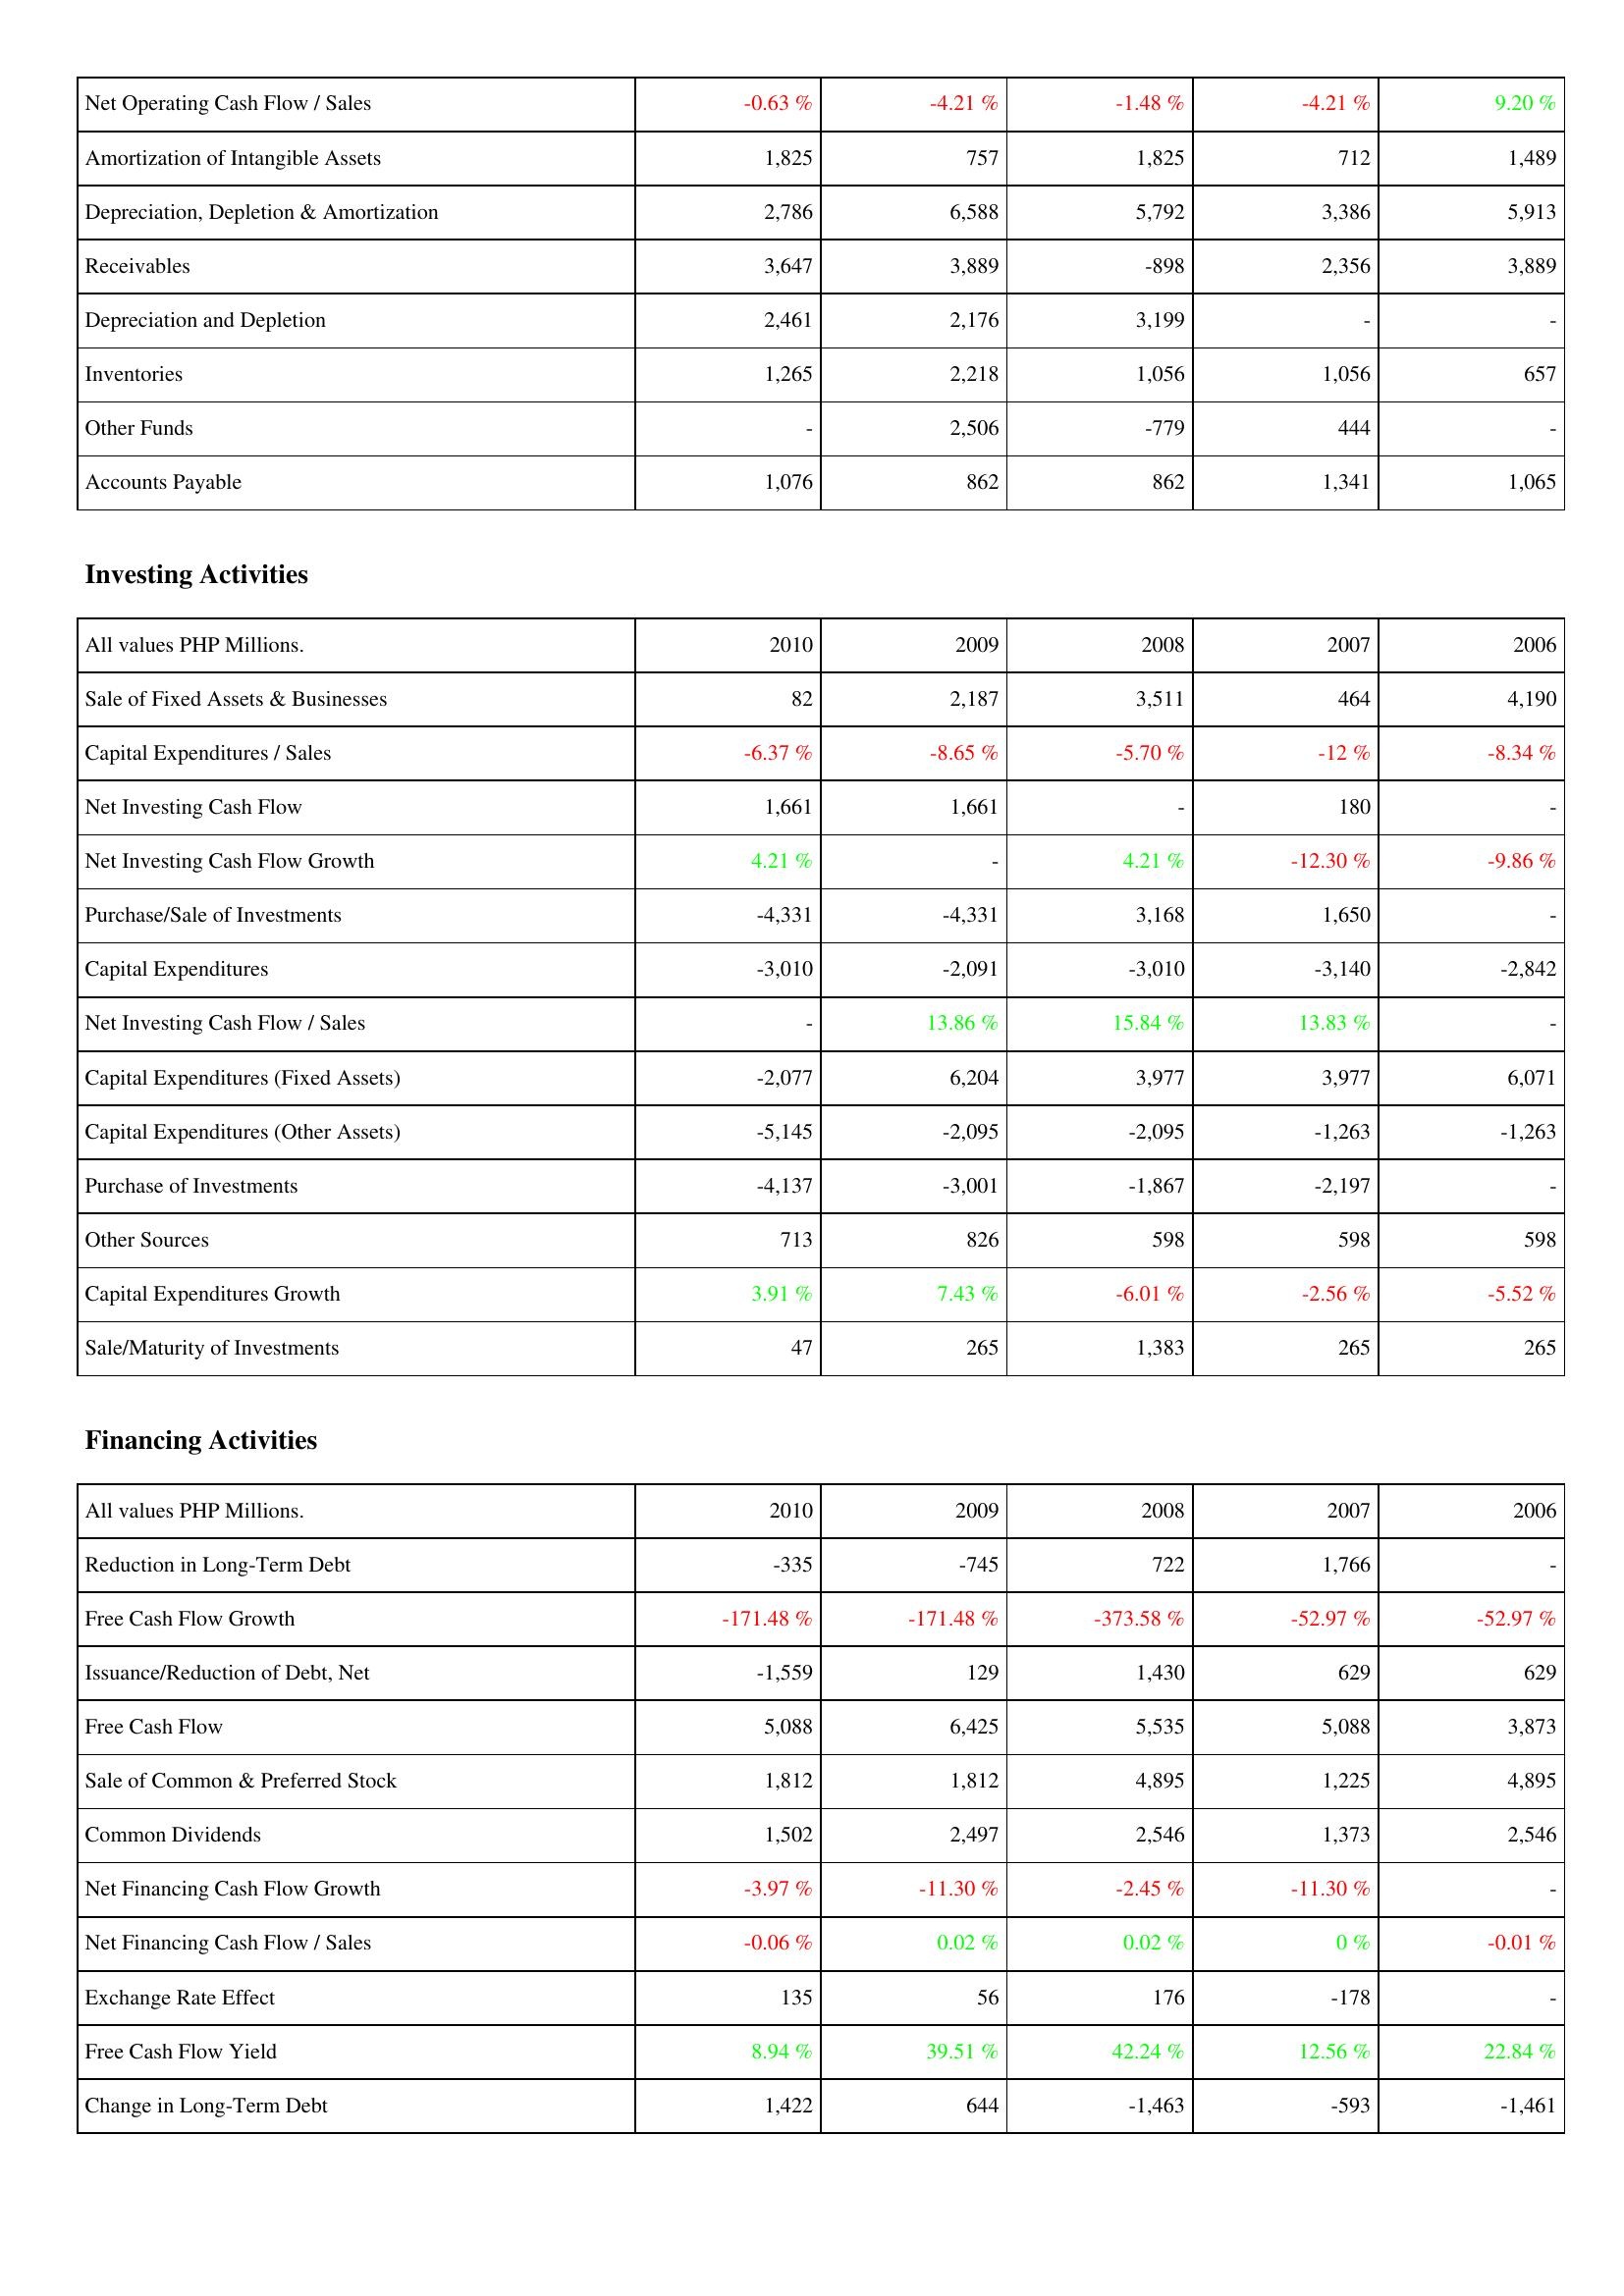
2010: Operating Activities: Net Operating Cash Flow / Sales: -0.63 %
Amortization of Intangible Assets: 1,825
Depreciation, Depletion & Amortization: 2,786
Receivables: 3,647
Depreciation and Depletion: 2,461
Inventories: 1,265
Other Funds: -
Accounts Payable: 1,076
Investing Activities: Sale of Fixed Assets & Businesses: 82
Capital Expenditures / Sales: -6.37 %
Net Investing Cash Flow: 1,661
Net Investing Cash Flow Growth: 4.21 %
Purchase/Sale of Investments: -4,331
Capital Expenditures: -3,010
Net Investing Cash Flow / Sales: -
Capital Expenditures (Fixed Assets): -2,077
Capital Expenditures (Other Assets): -5,145
Purchase of Investments: -4,137
Other Sources: 713
Capital Expenditures Growth: 3.91 %
Sale/Maturity of Investments: 47
Financing Activities: Reduction in Long-Term Debt: -335
Free Cash Flow Growth: -171.48 %
Issuance/Reduction of Debt, Net: -1,559
Free Cash Flow: 5,088
Sale of Common & Preferred Stock: 1,812
Common Dividends: 1,502
Net Financing Cash Flow Growth: -3.97 %
Net Financing Cash Flow / Sales: -0.06 %
Exchange Rate Effect: 135
Free Cash Flow Yield: 8.94 %
Change in Long-Term Debt: 1,422
2009: Operating Activities: Net Operating Cash Flow / Sales: -4.21 %
Amortization of Intangible Assets: 757
Depreciation, Depletion & Amortization: 6,588
Receivables: 3,889
Depreciation and Depletion: 2,176
Inventories: 2,218
Other Funds: 2,506
Accounts Payable: 862
Investing Activities: Sale of Fixed Assets & Businesses: 2,187
Capital Expenditures / Sales: -8.65 %
Net Investing Cash Flow: 1,661
Net Investing Cash Flow Growth: -
Purchase/Sale of Investments: -4,331
Capital Expenditures: -2,091
Net Investing Cash Flow / Sales: 13.86 %
Capital Expenditures (Fixed Assets): 6,204
Capital Expenditures (Other Assets): -2,095
Purchase of Investments: -3,001
Other Sources: 826
Capital Expenditures Growth: 7.43 %
Sale/Maturity of Investments: 265
Financing Activities: Reduction in Long-Term Debt: -745
Free Cash Flow Growth: -171.48 %
Issuance/Reduction of Debt, Net: 129
Free Cash Flow: 6,425
Sale of Common & Preferred Stock: 1,812
Common Dividends: 2,497
Net Financing Cash Flow Growth: -11.30 %
Net Financing Cash Flow / Sales: 0.02 %
Exchange Rate Effect: 56
Free Cash Flow Yield: 39.51 %
Change in Long-Term Debt: 644
2008: Operating Activities: Net Operating Cash Flow / Sales: -1.48 %
Amortization of Intangible Assets: 1,825
Depreciation, Depletion & Amortization: 5,792
Receivables: -898
Depreciation and Depletion: 3,199
Inventories: 1,056
Other Funds: -779
Accounts Payable: 862
Investing Activities: Sale of Fixed Assets & Businesses: 3,511
Capital Expenditures / Sales: -5.70 %
Net Investing Cash Flow: -
Net Investing Cash Flow Growth: 4.21 %
Purchase/Sale of Investments: 3,168
Capital Expenditures: -3,010
Net Investing Cash Flow / Sales: 15.84 %
Capital Expenditures (Fixed Assets): 3,977
Capital Expenditures (Other Assets): -2,095
Purchase of Investments: -1,867
Other Sources: 598
Capital Expenditures Growth: -6.01 %
Sale/Maturity of Investments: 1,383
Financing Activities: Reduction in Long-Term Debt: 722
Free Cash Flow Growth: -373.58 %
Issuance/Reduction of Debt, Net: 1,430
Free Cash Flow: 5,535
Sale of Common & Preferred Stock: 4,895
Common Dividends: 2,546
Net Financing Cash Flow Growth: -2.45 %
Net Financing Cash Flow / Sales: 0.02 %
Exchange Rate Effect: 176
Free Cash Flow Yield: 42.24 %
Change in Long-Term Debt: -1,463
2007: Operating Activities: Net Operating Cash Flow / Sales: -4.21 %
Amortization of Intangible Assets: 712
Depreciation, Depletion & Amortization: 3,386
Receivables: 2,356
Depreciation and Depletion: -
Inventories: 1,056
Other Funds: 444
Accounts Payable: 1,341
Investing Activities: Sale of Fixed Assets & Businesses: 464
Capital Expenditures / Sales: -12 %
Net Investing Cash Flow: 180
Net Investing Cash Flow Growth: -12.30 %
Purchase/Sale of Investments: 1,650
Capital Expenditures: -3,140
Net Investing Cash Flow / Sales: 13.83 %
Capital Expenditures (Fixed Assets): 3,977
Capital Expenditures (Other Assets): -1,263
Purchase of Investments: -2,197
Other Sources: 598
Capital Expenditures Growth: -2.56 %
Sale/Maturity of Investments: 265
Financing Activities: Reduction in Long-Term Debt: 1,766
Free Cash Flow Growth: -52.97 %
Issuance/Reduction of Debt, Net: 629
Free Cash Flow: 5,088
Sale of Common & Preferred Stock: 1,225
Common Dividends: 1,373
Net Financing Cash Flow Growth: -11.30 %
Net Financing Cash Flow / Sales: 0 %
Exchange Rate Effect: -178
Free Cash Flow Yield: 12.56 %
Change in Long-Term Debt: -593
2006: Operating Activities: Net Operating Cash Flow / Sales: 9.20 %
Amortization of Intangible Assets: 1,489
Depreciation, Depletion & Amortization: 5,913
Receivables: 3,889
Depreciation and Depletion: -
Inventories: 657
Other Funds: -
Accounts Payable: 1,065
Investing Activities: Sale of Fixed Assets & Businesses: 4,190
Capital Expenditures / Sales: -8.34 %
Net Investing Cash Flow: -
Net Investing Cash Flow Growth: -9.86 %
Purchase/Sale of Investments: -
Capital Expenditures: -2,842
Net Investing Cash Flow / Sales: -
Capital Expenditures (Fixed Assets): 6,071
Capital Expenditures (Other Assets): -1,263
Purchase of Investments: -
Other Sources: 598
Capital Expenditures Growth: -5.52 %
Sale/Maturity of Investments: 265
Financing Activities: Reduction in Long-Term Debt: -
Free Cash Flow Growth: -52.97 %
Issuance/Reduction of Debt, Net: 629
Free Cash Flow: 3,873
Sale of Common & Preferred Stock: 4,895
Common Dividends: 2,546
Net Financing Cash Flow Growth: -
Net Financing Cash Flow / Sales: -0.01 %
Exchange Rate Effect: -
Free Cash Flow Yield: 22.84 %
Change in Long-Term Debt: -1,461